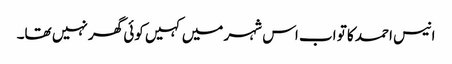
انیس احمد کا تو اب اس شہر میں کہیں کوئی گھر نہیں تھا۔